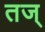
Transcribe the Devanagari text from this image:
तज्